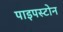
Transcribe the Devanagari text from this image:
पाइपस्टोन